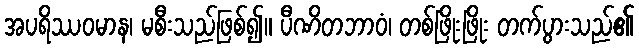
အပရိဿဝမာန၊ မစီးသည်ဖြစ်၍။ ပီဏိတဘာဝံ၊ တစ်ဖြိုးဖြိုး တက်ပွားသည်၏